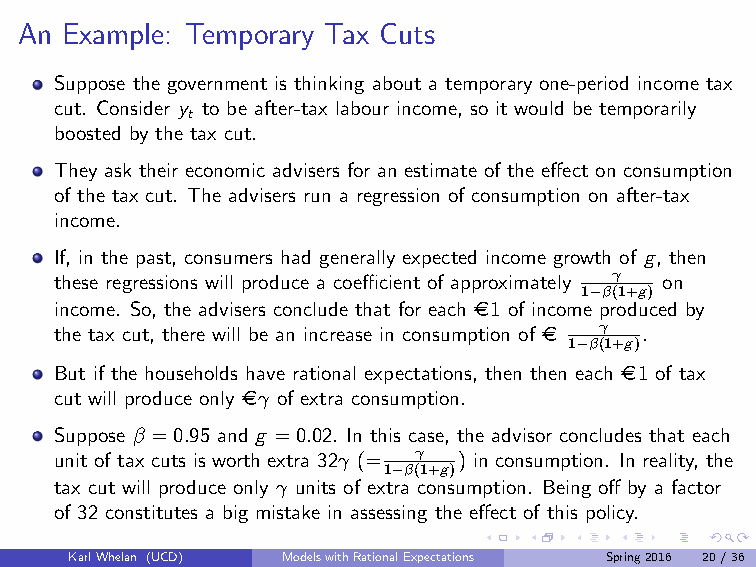
An Example: Temporary Tax Cuts
 Suppose the government is thinking about a temporary one-period income tax
 cut. Consider y to be after-tax labour income, so it would be temporarily
 t
 boosted by the tax cut.
 They ask their economic advisers for an estimate of the effect on consumption
 of the tax cut. The advisers run a regression of consumption on after-tax
 income.
 If, in the past, consumers had generally expected income growth of g, then
 these regressions will produce a coefficient of approximately γ on
 1−β(1+g)
 income. So, the advisers conclude that for each €1 of income produced by
 the tax cut, there will be an increase in consumption of € γ .
 1−β(1+g)
 But if the households have rational expectations, then then each €1 of tax
 cut will produce only €γ of extra consumption.
 Suppose β =0.95 and g =0.02. In this case, the advisor concludes that each
 unit of tax cuts is worth extra 32γ (= γ ) in consumption. In reality, the
 1−β(1+g)
 tax cut will produce only γ units of extra consumption. Being off by a factor
 of 32 constitutes a big mistake in assessing the effect of this policy.
 KarlWhelan (UCD) ModelswithRationalExpectations Spring2016 20/36